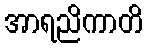
အာရညိကာတိ